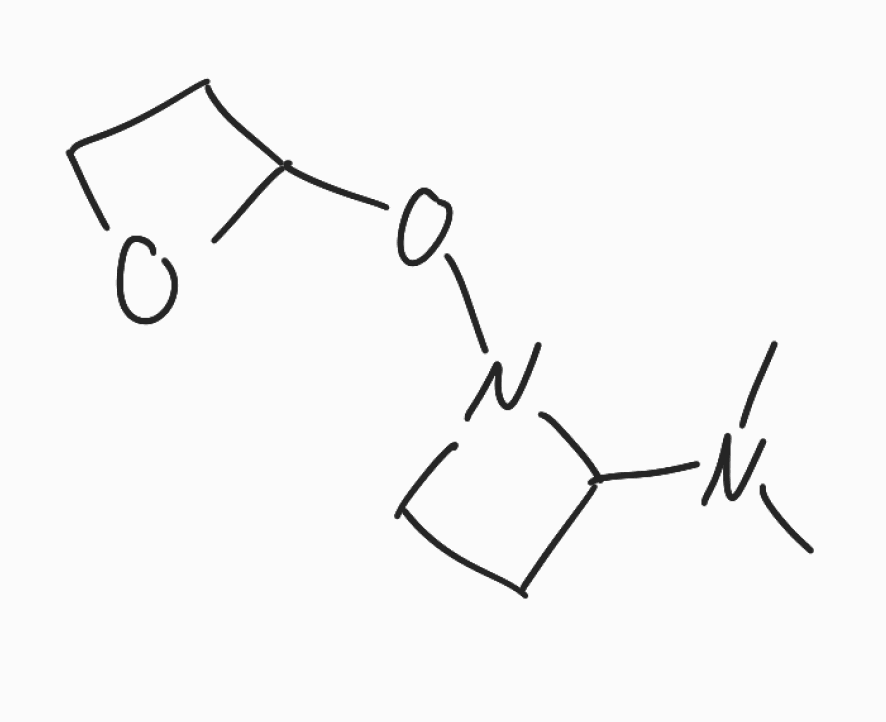
Simplified molecular-input line-entry system (SMILES) notation of the given molecule:
CN(C)C1CCN1OC2CCO2